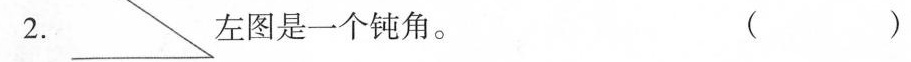
2. 左图是一个钝角。( )